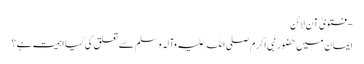
- فتویٰ آن لائن
ایمان میں حضور نبی اکرم صلی اللہ علیہ وآلہ وسلم سے تعلق کی کیا اہمیت ہے؟